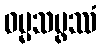
ဓမ္မသမ္ဖဿံ